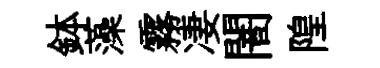
鉢藻霧凄闇隍